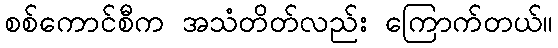
စစ်ကောင်စီက အသံတိတ်လည်း ကြောက်တယ်။